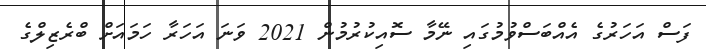
ފަސް އަހަރުގެ އެއްބަސްވުމުގައި ނޭމާ ސޮއިކުރުމުން 2021 ވަނަ އަހަރާ ހަމައަށް ބްރެޒިލްގެ